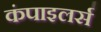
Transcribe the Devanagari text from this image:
कंपाइलर्स